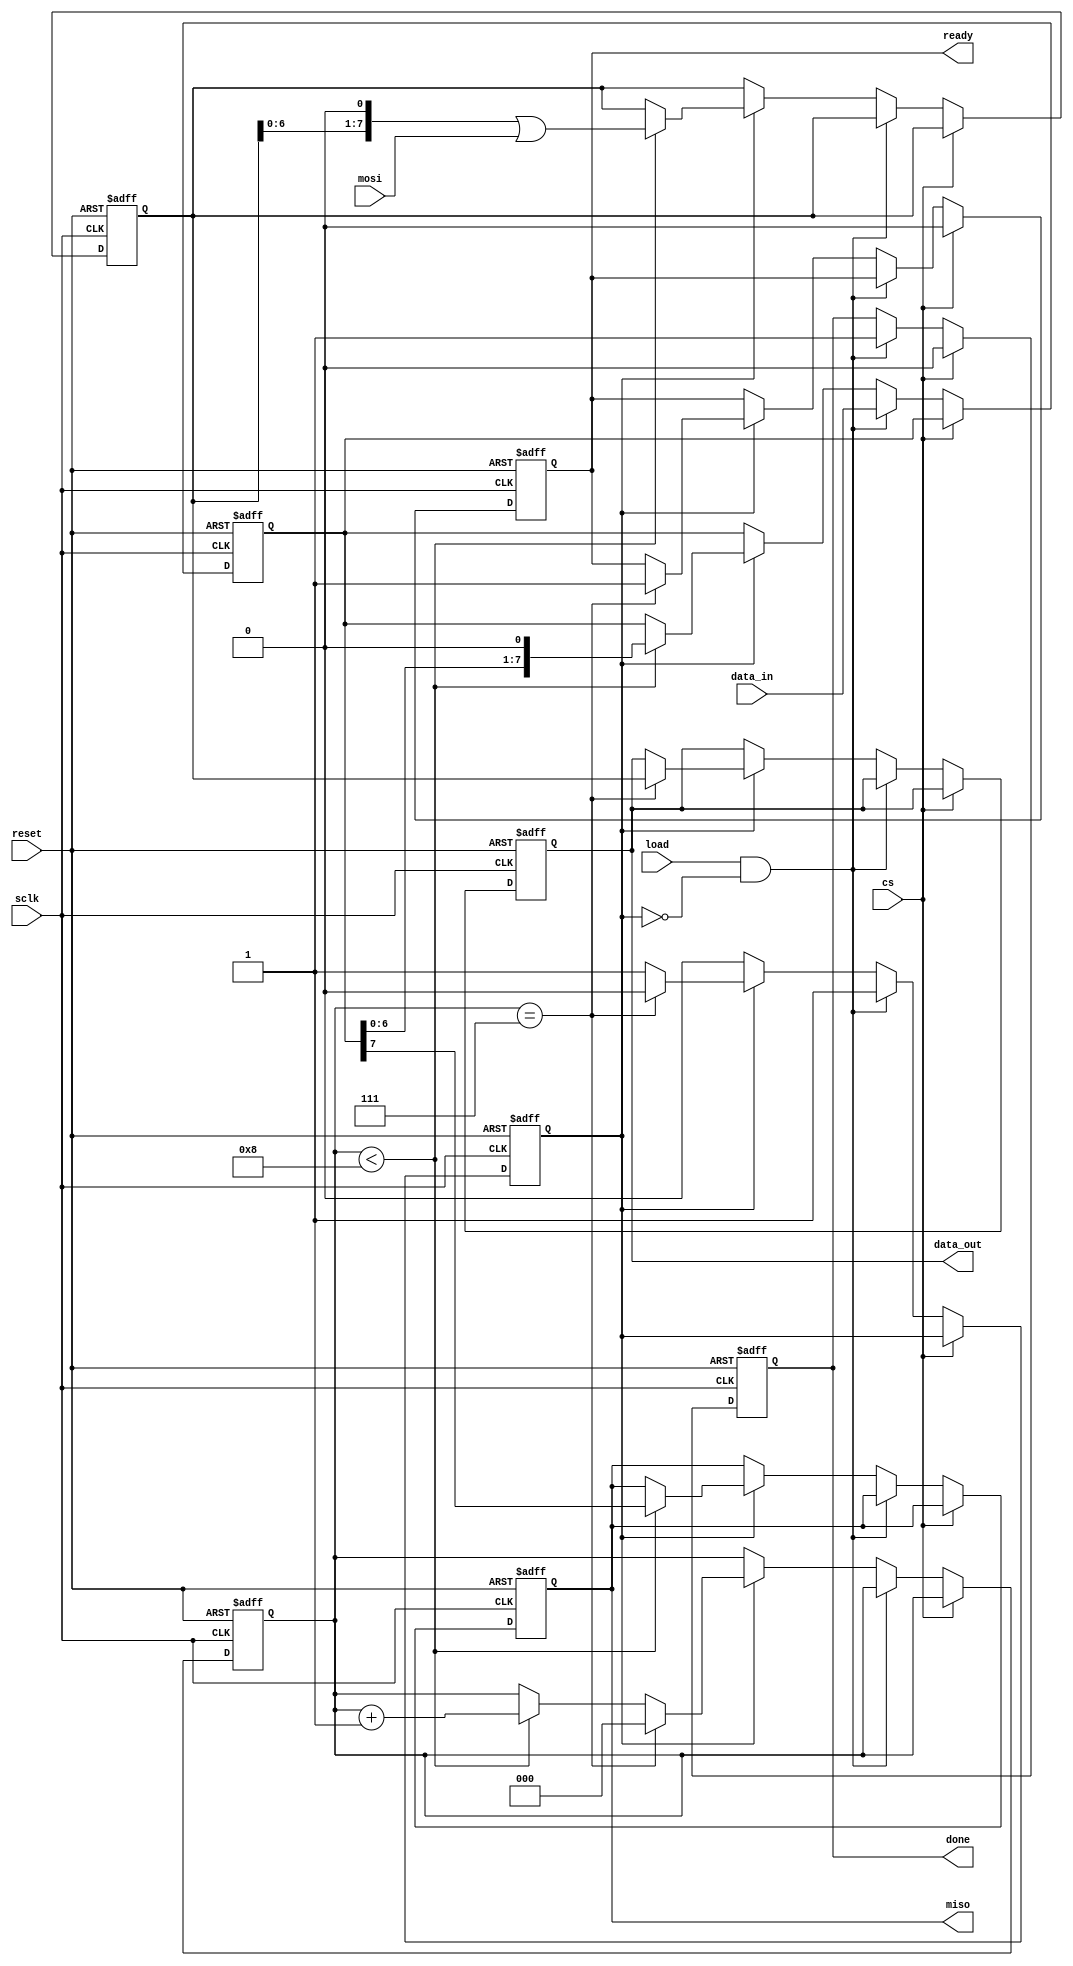
module spi_sub (
    input reset,
    input [7:0] data_in,
    input load,
    output reg [7:0] data_out,
    output reg ready,
    output reg done,
    input mosi,
    output reg miso,
    input sclk,
    input cs
);

// Registradores para controle interno
reg [7:0] shift_reg_in; // Registro de deslocamento para entrada
reg [7:0] shift_reg_out; // Registro de deslocamento para sada
reg [2:0] bit_count = 0; // Contador de bits
reg load_reg = 0; // Indica que o dado foi carregado

// Processamento na borda de descida do sclk e controle por cs
always @(negedge sclk or posedge reset) begin
    if (reset) begin
        // Reseta o estado do mdulo
        shift_reg_in <= 0;
        shift_reg_out <= 0;
        data_out <= 0;
        ready <= 0;
        done <= 0;
        miso <= 1'b0;
        bit_count <= 0;
        load_reg <= 0;
    end else if (!cs) begin
        // cs ativo
        if (load && !load_reg) begin
            // Carrega o dado para transmisso
            shift_reg_out <= data_in;
            load_reg <= 1;
            done <= 1; // Indica que o dado de entrada foi lido
        end else if (load_reg) begin
            // Transmite e recebe dados
            if (bit_count < 8) begin
                miso <= shift_reg_out[7]; // Envia o bit mais significativo
                shift_reg_out <= shift_reg_out << 1; // Desloca para preparar o prximo bit
                shift_reg_in <= (shift_reg_in << 1) | mosi; // Recebe o prximo bit
                bit_count <= bit_count + 1;
            end
            if (bit_count == 7) begin
                // Transmisso/recepo completa
                ready <= 1; // Dados recebidos disponveis
                data_out <= shift_reg_in; // Transfere os dados recebidos
                bit_count <= 0; // Reseta o contador para a prxima operao
                load_reg <= 0; // Reseta o indicador de carga
            end
        end
    end else if (cs) begin
        // cs inativo, prepara para a prxima transmisso
        done <= 0;
        ready <= 0;
    end
end

endmodule